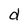
Character: d